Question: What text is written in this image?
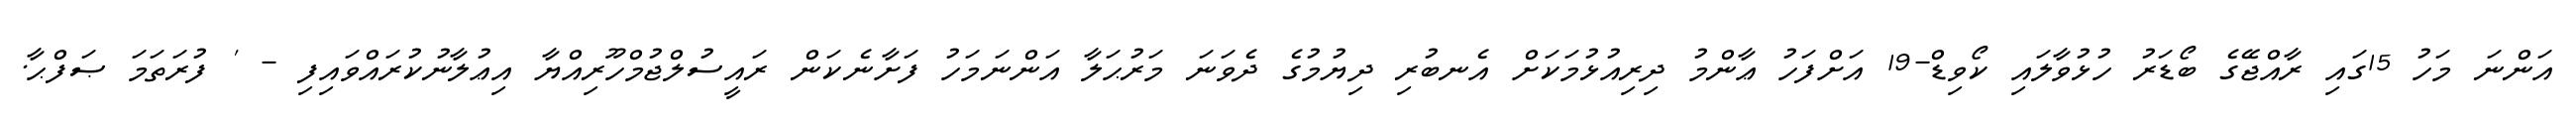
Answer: އަންނަ މަހު 15ގައި ރާއްޖޭގެ ބޯޑަރު ހުޅުވާލައި ކޯވިޑް-19 އަށްފަހު ޢާންމު ދިރިއުޅުމަކަށް އެނބުރި ދިޔުމުގެ ދެވަނަ މަރުޙަލާ އަންނަމަހު ފަށާނެކަން ރައީސުލްޖުމްހޫރިއްޔާ އިޢުލާނުކުރައްވައިފި - ' ފުރަތަމަ ޞަފްޙާ.